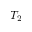
T _ { 2 }